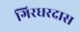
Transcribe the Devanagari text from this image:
गिरधरदास